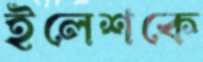
ইলেশকে